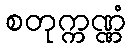
စတုက္ကဏ္ဏံ